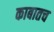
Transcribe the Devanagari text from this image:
काबातच